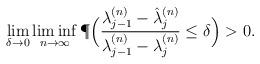
LaTeX: \begin{align*} \lim_{\delta\rightarrow 0} \liminf_{n\rightarrow\infty}\P\Big(\frac{\lambda_{j-1}^{(n)}-\hat\lambda_j^{(n)}}{\lambda_{j-1}^{(n)}-\lambda_j^{(n)}}\leq\delta\Big)>0.\end{align*}